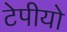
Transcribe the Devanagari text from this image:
टेपीयो